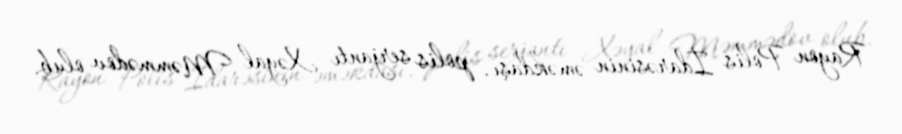
Rayon Polis İdarəsinin əməkdaşı, polis serjantı Xəyal Məmmədov olub.